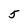
Character: 5